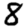
Digit: 8